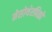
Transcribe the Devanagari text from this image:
मेसोथेरपिको